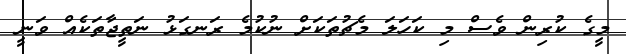
މީގެ ކުރިން ވެސް މި ކަހަލަ މެޗުތަކަށް ނުކުމެ ރަނގަޅު ނަތީޖާތަކެއް ވަނީ